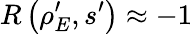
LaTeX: R\left(\rho_{E}^{\prime},s^{\prime}\right)\approx-1